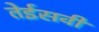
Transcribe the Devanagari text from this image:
तेईसवी